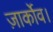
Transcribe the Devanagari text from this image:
ज़ार्कोव।